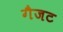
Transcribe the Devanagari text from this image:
गैजट